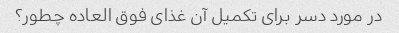
در مورد دسر برای تکمیل آن غذای فوق العاده چطور؟